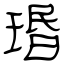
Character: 瑉